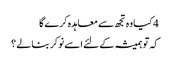
4 کیا وہ تجھ سے معاہدہ کرے گا
کہ تو ہمیشہ کے لئے اسے نوکر بنالے ؟